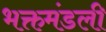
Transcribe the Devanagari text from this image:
भक्तमंडली